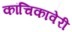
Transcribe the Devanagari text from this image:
कांचिकावेरी